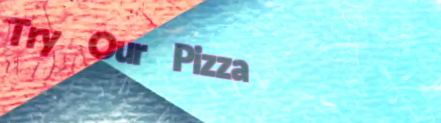
Try Our Pizza